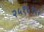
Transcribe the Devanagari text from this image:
२५१६१६२